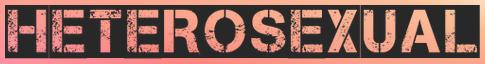
HETEROSEXUAL